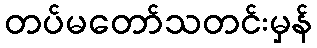
တပ်မတော်သတင်းမှန်